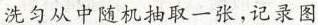
洗匀从中随机抽取一张，记录图